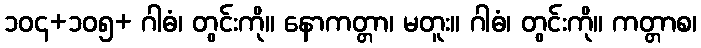
၁၀၄+၁၀၅+ ဂါဓံ၊ တွင်းကို။ နောကတ္တာ၊ မတူး။ ဂါဓံ၊ တွင်းကို။ ကတ္တာစ၊